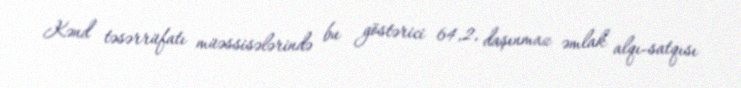
Kənd təsərrüfatı müəssisələrində bu göstərici 64,2, daşınmaz əmlak alqı-satqısı